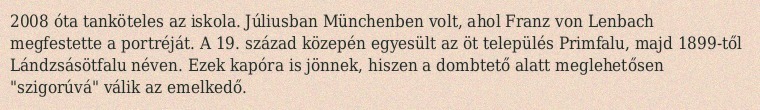
2008 óta tanköteles az iskola. Júliusban Münchenben volt, ahol Franz von Lenbach megfestette a portréját. A 19. század közepén egyesült az öt település Primfalu, majd 1899-től Lándzsásötfalu néven. Ezek kapóra is jönnek, hiszen a dombtető alatt meglehetősen "szigorúvá" válik az emelkedő.